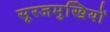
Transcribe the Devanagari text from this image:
सूरजमुखियों